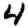
Digit: 4